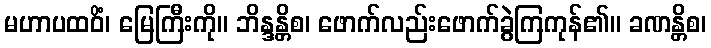
မဟာပထဝိံ၊ မြေကြီးကို။ ဘိန္ဒန္တိစ၊ ဖောက်လည်းဖောက်ခွဲကြကုန်၏။ ခဏန္တိစ၊